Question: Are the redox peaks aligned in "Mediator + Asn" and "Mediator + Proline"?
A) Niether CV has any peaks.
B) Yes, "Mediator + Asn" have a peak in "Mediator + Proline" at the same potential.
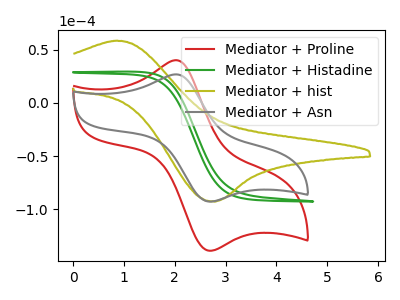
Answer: <think>The red curve "Mediator + Proline" has an anodic peak at (2.05V, 40.05uA) and a cathodic peak at (2.70V, -138.90uA). The green curve "Mediator + Histadine" has no peaks. The olive curve "Mediator + hist" has an anodic peak at (0.85V, 58.40uA) and a cathodic peak at (2.80V, -92.75uA). The gray curve "Mediator + Asn" has an anodic peak at (2.05V, 26.75uA) and a cathodic peak at (2.70V, -92.75uA).</think>
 <answer>B) Yes, "Mediator + Asn" have a peak in "Mediator + Proline" at the same potential.</answer>
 <eval>B</eval>